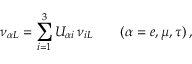
\nu _ { { \alpha } L } = \sum _ { i = 1 } ^ { 3 } U _ { { \alpha } i } \, \nu _ { i L } \qquad ( \alpha = e , \mu , \tau ) \, ,